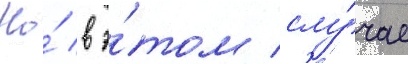
Но́ в э́том слу́чае